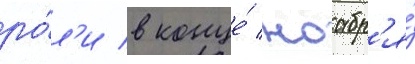
ро́л'и в конце́ ноабр'я́